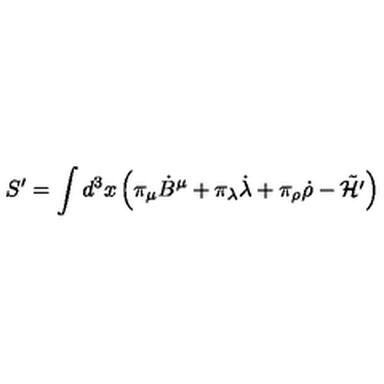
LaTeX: S ^ { \prime } = \int d ^ { 3 } x \left( \pi _ { \mu } { \dot { B } } ^ { \mu } + \pi _ { \lambda } { \dot { \lambda } } + \pi _ { \rho } { \dot { \rho } } - \tilde { \cal H ^ { \prime } } \right)